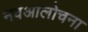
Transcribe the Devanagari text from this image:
नवआलोचना